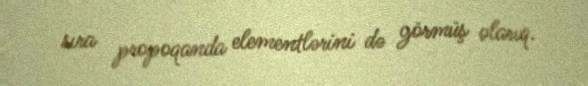
sıra propoqanda elementlərini də görmüş olarıq.